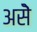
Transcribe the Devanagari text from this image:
असॆे